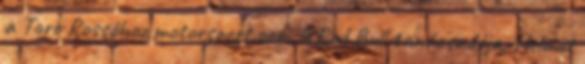
a Toro Rossóhoz motorsport.com A Red Bull tanácsadója, Helmut